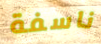
ناسفة